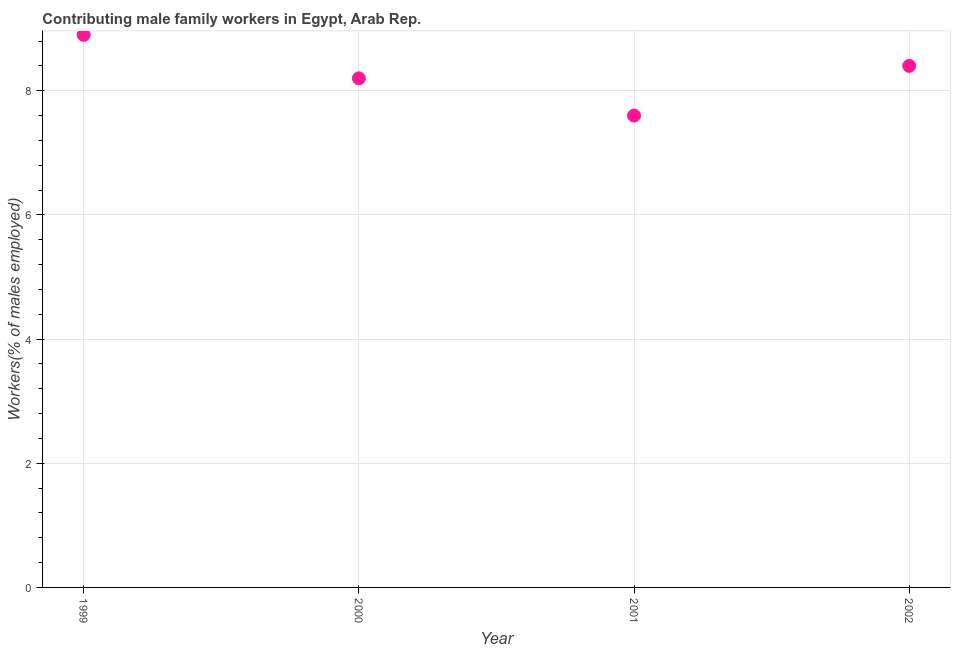
| Year | Contributing family workers |
 | --- | --- |
 | 1999 | 8.9 |
 | 2000 | 8.2 |
 | 2001 | 7.6 |
 | 2002 | 8.4 |